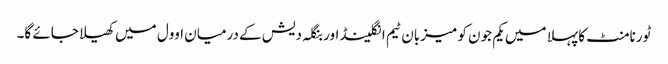
ٹورنامنٹ کا پہلا میں یکم جون کو میزبان ٹیم انگلینڈ اور بنگلہ دیش کے درمیان اوول میں کھیلا جائے گا۔